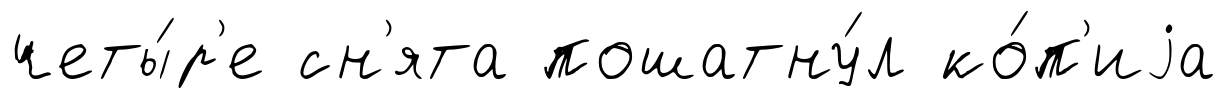
четы́р'е сн'ята пошатну́л ко́п'иjа